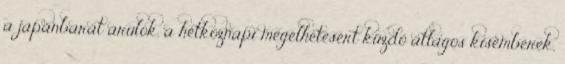
a japánbarát árulók, a hétköznapi megélhetésért küzdő átlagos kisemberek,